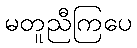
မတူညီကြပေ